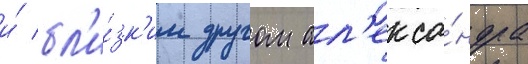
и́ бл'и́зк'им другом ал'екса́ндра